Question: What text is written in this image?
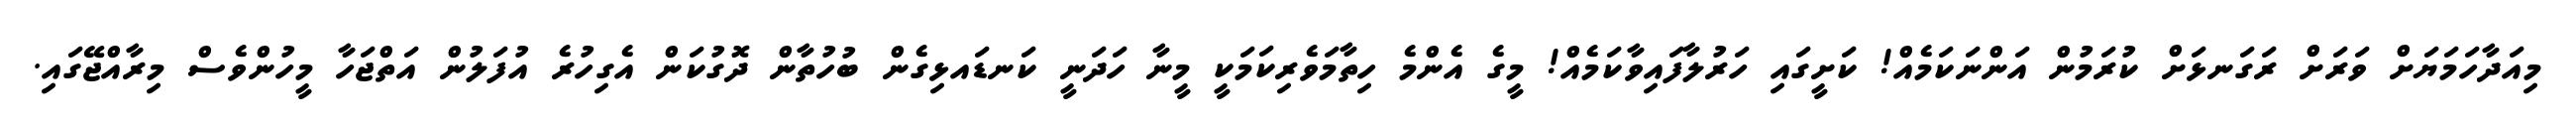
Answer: މިއަދާހަމަޔަށް ވަރަށް ރަގަނޅަށް ކުރަމުން އަންނަކަމެއް! ކަށީގައި ހަރުލާފައިވާކަމެއް! މީގެ އެންމެ ހިތާމަވެރިކަމަކީ މީނާ ހަދަނީ ކަނޑައޅިގެން ބުހުތާން ދޮގުކަން އެގިހުރެ އުފަލުން އަތްޖަހާ މީހުންވެސް މިރާއްޖޭގައި.